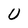
Character: U